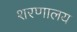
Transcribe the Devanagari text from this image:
शरणालय